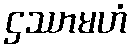
ဌဿာမဟံ